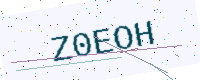
Text: Z0EOH